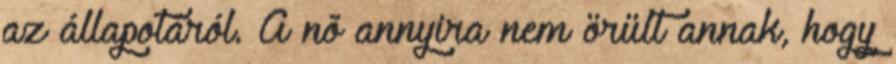
az állapotáról. A nõ annyira nem örült annak, hogy